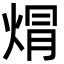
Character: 焨